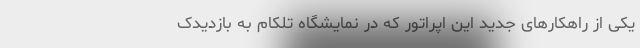
یکی از راهکارهای جدید این اپراتور که در نمایشگاه تلکام به بازدیدک